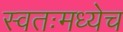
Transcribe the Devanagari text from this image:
स्वतःमध्येच